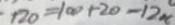
1 2 0 = 1 0 0 + 2 0 - 1 2 x